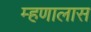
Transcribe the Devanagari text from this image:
म्हणालास